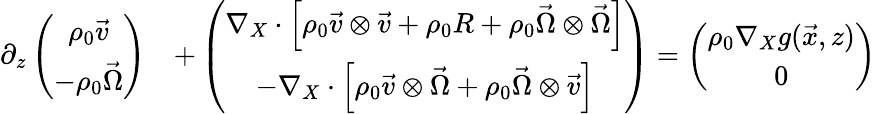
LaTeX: \begin{array}{rl}{\partial_{z}\left(\begin{array}{c}{\rho_{0}\vec{v}}\\ {-\rho_{0}\vec{\Omega}}\end{array}\right)}&{+\left(\begin{array}{c}{\nabla_{X}\cdot\left[\rho_{0}\vec{v}\otimes\vec{v}+\rho_{0}R+\rho_{0}\vec{\Omega}\otimes\vec{\Omega}\right]}\\ {-\nabla_{X}\cdot\left[\rho_{0}\vec{v}\otimes\vec{\Omega}+\rho_{0}\vec{\Omega}\otimes\vec{v}\right]}\end{array}\right)=\left(\begin{array}{c}{\rho_{0}\nabla_{X}g(\vec{x},z)}\\ {0}\end{array}\right)}\end{array}